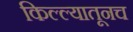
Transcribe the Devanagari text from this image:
किल्ल्यातूनच